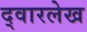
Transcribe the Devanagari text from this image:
द्वारलेख